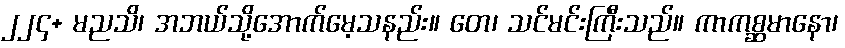
၂၂၄+ မညသိ၊ အဘယ်သို့အောက်မေ့သနည်း။ တေ၊ သင်မင်းကြီးသည်။ ကာကစ္ဆမာနော၊